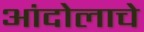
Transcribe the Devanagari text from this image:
आंदोलाचे